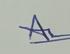
Signature authenticity: genuine